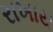
રાખાય